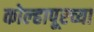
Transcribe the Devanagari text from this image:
कोल्‍हापूरच्या